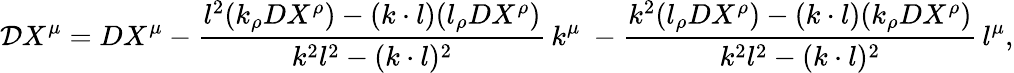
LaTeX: {\cal D}X^{\mu}=DX^{\mu}-\frac{l^{2}(k_{\rho}DX^{\rho})-(k\cdot l)(l_{\rho}DX^{\rho})}{k^{2}l^{2}-(k\cdot l)^{2}}\, k^{\mu}\ -\frac{k^{2}(l_{\rho}DX^{\rho})-(k\cdot l)(k_{\rho}DX^{\rho})}{k^{2}l^{2}-(k\cdot l)^{2}}\, l^{\mu},